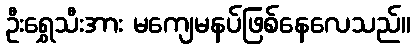
ဦးရွှေသီးအား မကျေမနပ်ဖြစ်နေလေသည်။